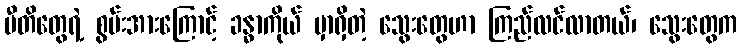
ပီတိတွေရဲ့ စွမ်းအားကြောင့် ခန္ဓာကိုယ် မှာရှိတဲ့ သွေးတွေဟာ ကြည်လင်လာတယ်၊ သွေးတွေက